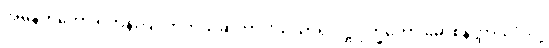
အမှန်ကတော့ ရဟန်းပြုလာတယ်ဆိုတာ “သံသာရ ဝဋ္ဋ ဒုက္ခတော မောစနတ္ထာယ” လို့